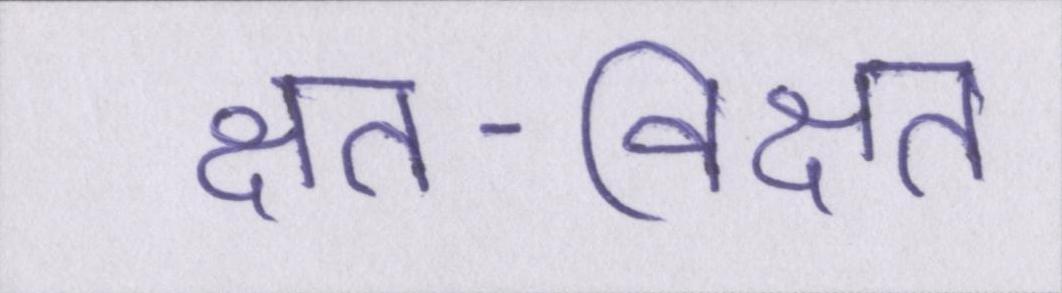
क्षत-विक्षत